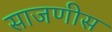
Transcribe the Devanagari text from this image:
साजणीस